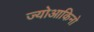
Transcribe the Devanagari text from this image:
ज्योआकिनो